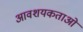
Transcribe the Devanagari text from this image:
आवशयकताओं